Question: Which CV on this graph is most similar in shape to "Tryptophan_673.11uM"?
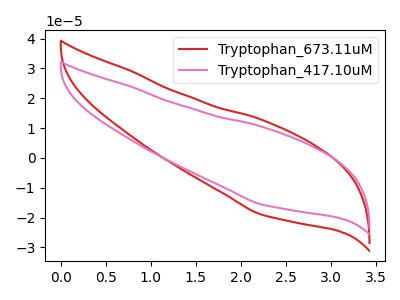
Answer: <think>The red curve "Tryptophan_673.11uM" has no peaks. The pink curve "Tryptophan_417.10uM" has no peaks.
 Neither "Tryptophan_673.11uM" or "Tryptophan_417.10uM" have any peaks.</think>
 <answer>The CV with the most similar shape to "Tryptophan_417.10uM" is "Tryptophan_673.11uM".</answer>
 <eval>"Tryptophan_673.11uM"</eval>